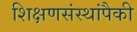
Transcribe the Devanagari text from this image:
शिक्षणसंस्थांपैकी